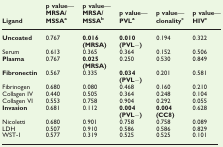
<table><thead><tr><td><b>Ligand</b></td><td><b>p value—MRSA/MSSAa</b></td><td><b>p value—MRSA/MSSAb</b></td><td><b>p value—PVLa</b></td><td><b>p value—clonalityc</b></td><td><b>p value—HIVc</b></td></tr></thead><tbody><tr><td><b>Uncoated</b></td><td>0.767</td><td><b>0.016 (MRSA)</b></td><td><b>0.010 (PVL</b>−<b>)</b></td><td>0.194</td><td>0.322</td></tr><tr><td>Serum</td><td>0.613</td><td>0.365</td><td>0.364</td><td>0.152</td><td>0.506</td></tr><tr><td><b>Plasma</b></td><td>0.767</td><td><b>0.025 (MRSA)</b></td><td>0.250</td><td>0.530</td><td>0.849</td></tr><tr><td><b>Fibronectin</b></td><td>0.567</td><td>0.335</td><td><b>0.034 (PVL</b>−<b>)</b></td><td>0.201</td><td>0.581</td></tr><tr><td>Fibrinogen</td><td>0.680</td><td>0.080</td><td>0.468</td><td>0.160</td><td>0.210</td></tr><tr><td>Collagen IV</td><td>0.440</td><td>0.505</td><td>0.364</td><td>0.248</td><td>0.104</td></tr><tr><td>Collagen VI</td><td>0.553</td><td>0.758</td><td>0.904</td><td>0.292</td><td>0.055</td></tr><tr><td><b>Invasion</b></td><td>0.681</td><td>0.112</td><td><b>0.004 (PVL</b>−<b>)</b></td><td><b>0.004 (CC8)</b></td><td>0.628</td></tr><tr><td>Nicoletti</td><td>0.680</td><td>0.901</td><td>0.758</td><td>0.758</td><td>0.089</td></tr><tr><td>LDH</td><td>0.507</td><td>0.910</td><td>0.586</td><td>0.586</td><td>0.829</td></tr><tr><td>WST-1</td><td>0.577</td><td>0.319</td><td>0.525</td><td>0.525</td><td>0.101</td></tr></tbody></table>